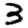
Digit: 3